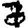
Digit: 7